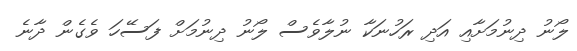
ލޯނު ދިނުމަށާއި އަދި ރަހުނަކާ ނުލާވެސް ލޯނު ދިނުމަށް ފަސޭހަ ވެެގެން ދާނެ